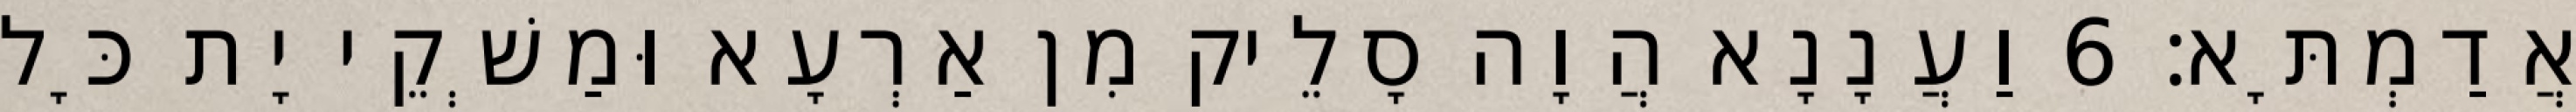
אֲדַמְתָּא׃ 6 וַעֲנָנָא הֲוָה סָלֵיק מִן אַרְעָא וּמַשְׁקֵי יָת כָּל